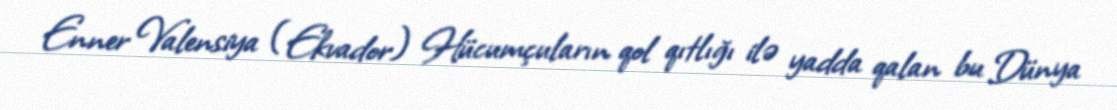
Enner Valensiya (Ekvador) Hücumçuların qol qıtlığı ilə yadda qalan bu Dünya